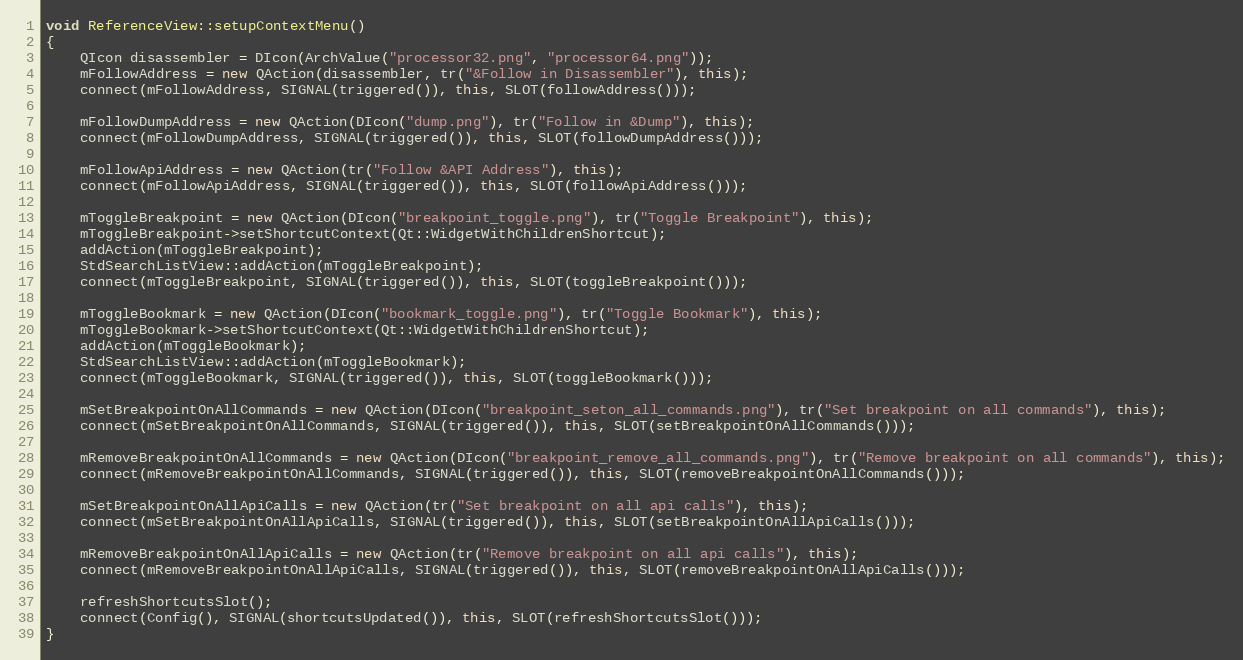
Language: C++
void ReferenceView::setupContextMenu()
{
    QIcon disassembler = DIcon(ArchValue("processor32.png", "processor64.png"));
    mFollowAddress = new QAction(disassembler, tr("&Follow in Disassembler"), this);
    connect(mFollowAddress, SIGNAL(triggered()), this, SLOT(followAddress()));

    mFollowDumpAddress = new QAction(DIcon("dump.png"), tr("Follow in &Dump"), this);
    connect(mFollowDumpAddress, SIGNAL(triggered()), this, SLOT(followDumpAddress()));

    mFollowApiAddress = new QAction(tr("Follow &API Address"), this);
    connect(mFollowApiAddress, SIGNAL(triggered()), this, SLOT(followApiAddress()));

    mToggleBreakpoint = new QAction(DIcon("breakpoint_toggle.png"), tr("Toggle Breakpoint"), this);
    mToggleBreakpoint->setShortcutContext(Qt::WidgetWithChildrenShortcut);
    addAction(mToggleBreakpoint);
    StdSearchListView::addAction(mToggleBreakpoint);
    connect(mToggleBreakpoint, SIGNAL(triggered()), this, SLOT(toggleBreakpoint()));

    mToggleBookmark = new QAction(DIcon("bookmark_toggle.png"), tr("Toggle Bookmark"), this);
    mToggleBookmark->setShortcutContext(Qt::WidgetWithChildrenShortcut);
    addAction(mToggleBookmark);
    StdSearchListView::addAction(mToggleBookmark);
    connect(mToggleBookmark, SIGNAL(triggered()), this, SLOT(toggleBookmark()));

    mSetBreakpointOnAllCommands = new QAction(DIcon("breakpoint_seton_all_commands.png"), tr("Set breakpoint on all commands"), this);
    connect(mSetBreakpointOnAllCommands, SIGNAL(triggered()), this, SLOT(setBreakpointOnAllCommands()));

    mRemoveBreakpointOnAllCommands = new QAction(DIcon("breakpoint_remove_all_commands.png"), tr("Remove breakpoint on all commands"), this);
    connect(mRemoveBreakpointOnAllCommands, SIGNAL(triggered()), this, SLOT(removeBreakpointOnAllCommands()));

    mSetBreakpointOnAllApiCalls = new QAction(tr("Set breakpoint on all api calls"), this);
    connect(mSetBreakpointOnAllApiCalls, SIGNAL(triggered()), this, SLOT(setBreakpointOnAllApiCalls()));

    mRemoveBreakpointOnAllApiCalls = new QAction(tr("Remove breakpoint on all api calls"), this);
    connect(mRemoveBreakpointOnAllApiCalls, SIGNAL(triggered()), this, SLOT(removeBreakpointOnAllApiCalls()));

    refreshShortcutsSlot();
    connect(Config(), SIGNAL(shortcutsUpdated()), this, SLOT(refreshShortcutsSlot()));
}